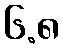
၆.၈